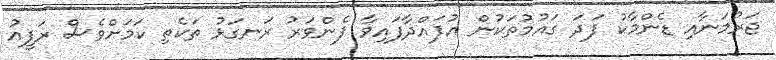
ޖަރުމަނާއި ޑެންމާކު ފަދަ ގައުމުތަކުން އުފައްދާފައިވާ ފެންވަރު ރަނގަޅު ތަކެތި ކަމަށްވެސް ރަފީއު